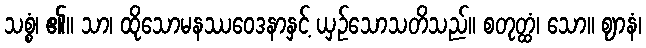
သစ္စံ၊ ၏။ သာ၊ ထိုသောမနဿဝေဒနာနှင့် ယှဉ်သောသတိသည်။ စတုတ္ထံ၊ သော။ ဈာနံ၊